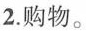
2.购物。